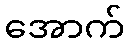
အောက်